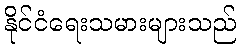
နိုင်ငံရေးသမားများသည်